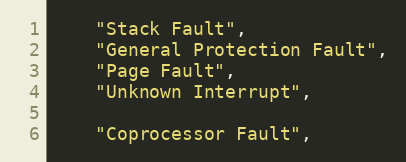
Language: C
    "Stack Fault",
    "General Protection Fault",
    "Page Fault",
    "Unknown Interrupt",

    "Coprocessor Fault",